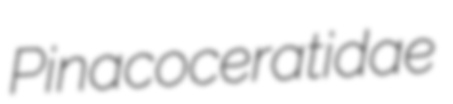
Pinacoceratidae